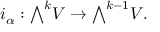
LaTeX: i _ { \alpha } : { \textstyle \bigwedge } ^ { k } V \rightarrow { \textstyle \bigwedge } ^ { k - 1 } V .